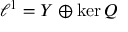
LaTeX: \ell ^ { 1 } = Y \oplus \ker Q